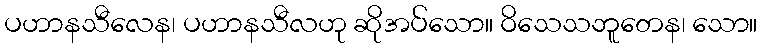
ပဟာနသီလေန၊ ပဟာနသီလဟု ဆိုအပ်သော။ ဝိသေသဘူတေန၊ သော။